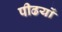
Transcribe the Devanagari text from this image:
पीढयों